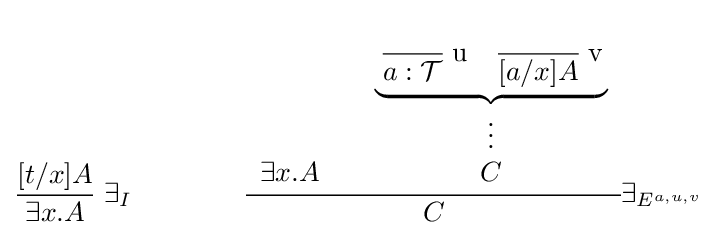
{\frac {[t/x]A}{\exists x.A}}\;\exists _{I}\qquad \qquad {\cfrac {\begin{array}{cc}&\underbrace {\,{\cfrac {}{a:{\mathcal {T}}}}{\hbox{ u}}\quad {\cfrac {}{[a/x]A}}{\hbox{ v}}\,} \\&\vdots \\\exists x.A\quad &C\\\end{array}}{C}}\exists _{E^{a,u,v}}